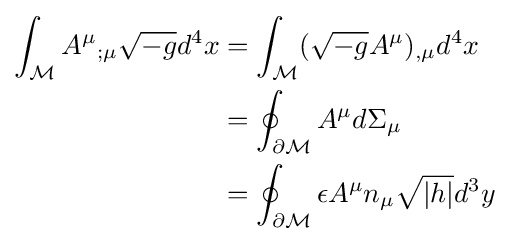
{\begin{aligned}\int _{\mathcal {M}}{A^{\mu }}_{;\mu }{\sqrt {-g}}d^{4}x&=\int _{\mathcal {M}}({\sqrt {-g}}A^{\mu })_{,\mu }d^{4}x\\&=\oint _{\partial {\mathcal {M}}}A^{\mu }d\Sigma _{\mu }\\&=\oint _{\partial {\mathcal {M}}}\epsilon A^{\mu }n_{\mu }{\sqrt {|h|}}d^{3}y\end{aligned}}